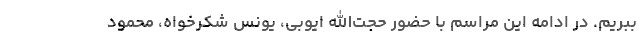
ببریم. در ادامه این مراسم با حضور حجت‌الله ایوبی، یونس شکرخواه، محمود